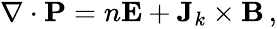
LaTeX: \begin{array}{r}{\nabla\cdot\textbf{P}=n\textbf{E}+\textbf{J}_{k}\times\textbf{B}\, ,}\end{array}